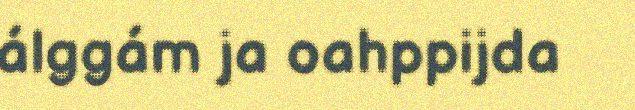
álggám ja oahppijda